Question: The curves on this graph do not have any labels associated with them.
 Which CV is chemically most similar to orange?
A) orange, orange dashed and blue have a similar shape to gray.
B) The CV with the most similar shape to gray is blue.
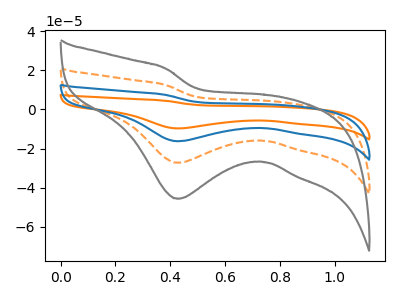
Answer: <think>The orange curve "orange" has a cathodic peak at: (0.45V, -81.75uA). The orange dashed curve "orange dashed" has a cathodic peak at: (0.45V, -27.25uA). The blue curve "blue" has a cathodic peak at: (0.45V, -54.50uA). The gray curve "gray" has a cathodic peak at: (0.45V, -45.70uA).
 All the peaks in "orange" have a peak in "orange dashed" at the same potential. Every peak in "orange" is higher than every peak in "orange dashed". All the peaks in "orange" have a peak in "blue" at the same potential. Every peak in "orange" is higher than every peak in "blue". All the peaks in "orange" have a peak in "gray" at the same potential. Every peak in "orange" is higher than every peak in "gray". All the peaks in "orange dashed" have a peak in "blue" at the same potential. Every peak in "orange dashed" is lower than every peak in "blue". All the peaks in "orange dashed" have a peak in "gray" at the same potential. Every peak in "orange dashed" is lower than every peak in "gray". All the peaks in "blue" have a peak in "gray" at the same potential. Every peak in "blue" is higher than every peak in "gray".</think>
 <answer>A) "orange", "orange dashed" and "blue" have a similar shape to "gray".</answer>
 <eval>A</eval>